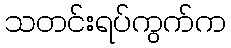
သတင်းရပ်ကွက်က